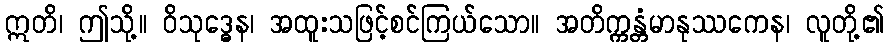
ဣတိ၊ ဤသို့။ ဝိသုဒ္ဓေန၊ အထူးသဖြင့်စင်ကြယ်သော။ အတိက္ကန္တံမာနုဿကေန၊ လူတို့၏